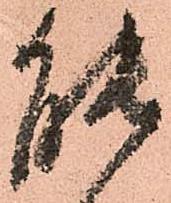
能